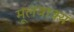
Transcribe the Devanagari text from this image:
मूलवाक्य